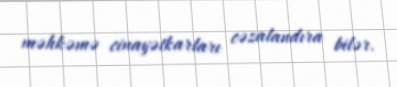
məhkəmə cinayətkarları cəzalandıra bilər.